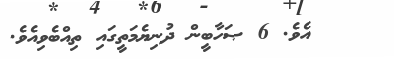
އެވެ. 6 ޞަހާބީން ދުނިޔެމަތީގައި ތިއްބެވިއެވެ.